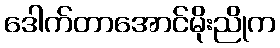
ဒေါက်တာအောင်မိုးညိုက